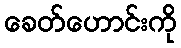
ခေတ်ဟောင်းကို